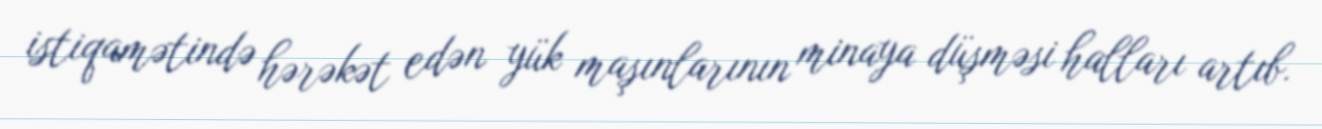
istiqamətində hərəkət edən yük maşınlarının minaya düşməsi halları artıb.